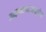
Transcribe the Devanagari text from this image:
आइनसाट्ज़ग्रूपेन